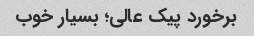
برخورد پیک عالی؛ بسیار خوب